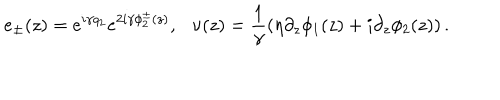
e _ { \pm } ( z ) = e ^ { i \gamma q _ { 2 } } e ^ { 2 i \gamma \phi _ { 2 } ^ { \pm } ( z ) } , \nu ( z ) = \frac { 1 } { \gamma } \left( \eta \partial _ { z } \phi _ { 1 } ( z ) + i \partial _ { z } \phi _ { 2 } ( z ) \right) .